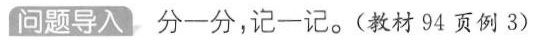
问题导入 分一分，记一记。(教材94页例3)